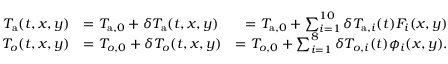
\begin{array} { r l r } { T _ { \mathrm { a } } ( t , x , y ) } & { = T _ { \mathrm { a } , 0 } + \delta T _ { \mathrm { a } } ( t , x , y ) } & { = T _ { \mathrm { a } , 0 } + \sum _ { i = 1 } ^ { 1 0 } \delta T _ { \mathrm { a } , i } ( t ) F _ { i } ( x , y ) } \\ { T _ { o } ( t , x , y ) } & { = T _ { o , 0 } + \delta T _ { o } ( t , x , y ) } & { = T _ { o , 0 } + \sum _ { i = 1 } ^ { 8 } \delta T _ { o , i } ( t ) \phi _ { i } ( x , y ) . } \end{array}